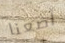
أضعنا